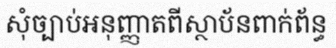
សុំច្បាប់អនុញ្ញាតពីស្ថាប័នពាក់ព័ន្ធ